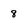
Character: 8